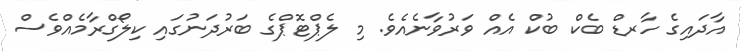
އާދައިގެ ހާރޑް ބެކް ބުކް އެއް ވަރުވާނެއެވެ. މި ލެޕްޓޮޕްގެ ބަރުދަނުގައި ކިލޯގްރާމެއްވެސް